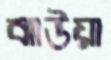
ঝাউয়া